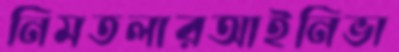
নিমতলারআইনিভা